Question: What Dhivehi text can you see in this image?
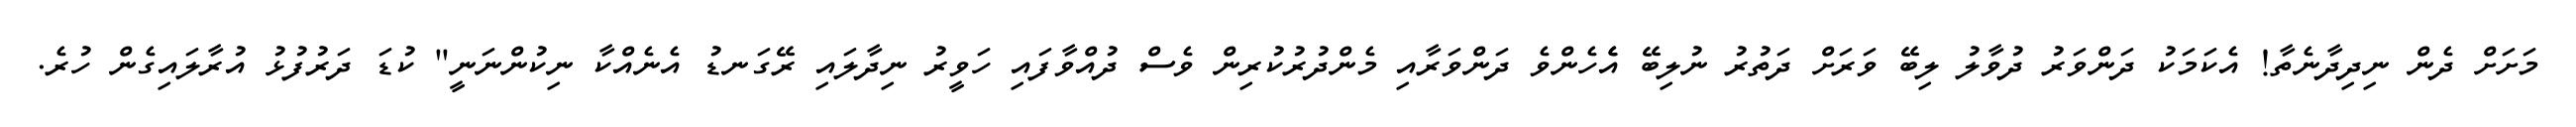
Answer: މަށަށް ދެން ނިދިދާނެތާ! އެކަމަކު ދަންވަރު ދުވާލު ލިބޭ ވަރަށް ދަތުރު ނުލިބޭ އެެހެންވެ ދަންވަރާއި މެންދުރުކުރިން ވެސް ދުއްވާފައި ހަވީރު ނިދާލައި ރޭގަނޑު އެނެއްކާ ނިކުންނަނީ" ކުޑަ ދަރުފުޅު އުރާލައިގެން ހުރެ.